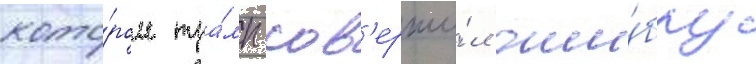
кото́ром тра́мп сов'ерши́л оши́бку